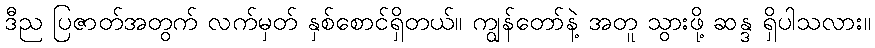
ဒီည ပြဇာတ်အတွက် လက်မှတ် နှစ်စောင်ရှိတယ်။ ကျွန်တော်နဲ့ အတူ သွားဖို့ ဆန္ဒ ရှိပါသလား။